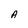
Character: A